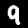
Digit: 9